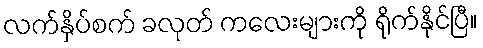
လက်နှိပ်စက် ခလုတ် ကလေးများကို ရိုက်နိုင်ပြီ။